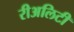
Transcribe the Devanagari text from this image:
रीअलिटी